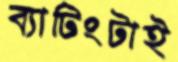
ব্যাটিংটাই